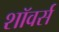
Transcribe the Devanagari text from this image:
शॉवर्स